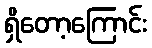
ရှိတော့ကြောင်း